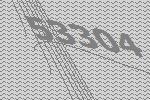
53304